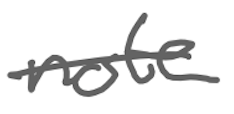
Text: not
Cross-out: single-line
Writing tool: digital_gray